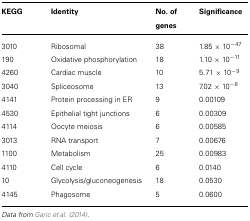
<table><thead><tr><td><b>KEGG</b></td><td><b>Identity</b></td><td><b>No. of genes</b></td><td><b>Significance</b></td></tr></thead><tbody><tr><td>3010</td><td>Ribosomal</td><td>38</td><td>1.85 × 10<sup>-47</sup></td></tr><tr><td>190</td><td>Oxidative phosphorylation</td><td>18</td><td>1.10 × 10<sup>-11</sup></td></tr><tr><td>4260</td><td>Cardiac muscle</td><td>10</td><td>5.71 × 10<sup>-9</sup></td></tr><tr><td>3040</td><td>Spliceosome</td><td>13</td><td>7.02 × 10<sup>-8</sup></td></tr><tr><td>4141</td><td>Protein processing in ER</td><td>9</td><td>0.00109</td></tr><tr><td>4530</td><td>Epithelial tight junctions</td><td>6</td><td>0.00309</td></tr><tr><td>4114</td><td>Oocyte meiosis</td><td>6</td><td>0.00585</td></tr><tr><td>3013</td><td>RNA transport</td><td>7</td><td>0.00676</td></tr><tr><td>1100</td><td>Metabolism</td><td>25</td><td>0.00983</td></tr><tr><td>4110</td><td>Cell cycle</td><td>6</td><td>0.0140</td></tr><tr><td>10</td><td>Glycolysis/gluconeogenesis</td><td>18</td><td>0.0530</td></tr><tr><td>4145</td><td>Phagosome</td><td>5</td><td>0.0600</td></tr></tbody></table>